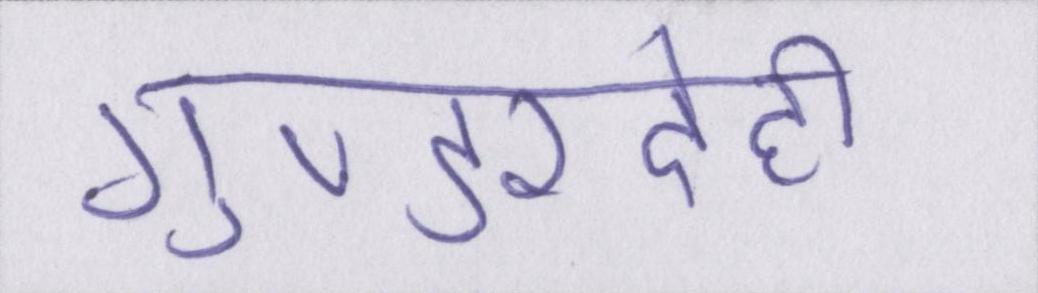
गुण्डरदेही